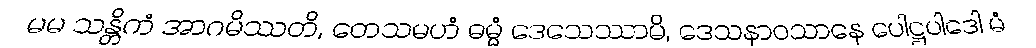
မမ သန္တိကံ အာဂမိဿတိ, တေသမဟံ ဓမ္မံ ဒေသေဿာမိ, ဒေသနာဝသာနေ ပေါဋ္ဌပါဒေါ မံ